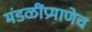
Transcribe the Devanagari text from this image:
मंडळींप्रमाणेच